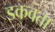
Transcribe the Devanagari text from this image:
डकवता